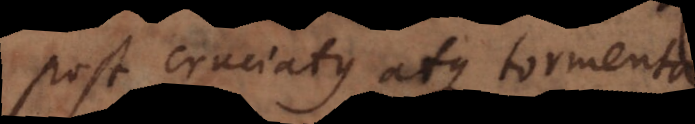
post cruciatus atque tormenta